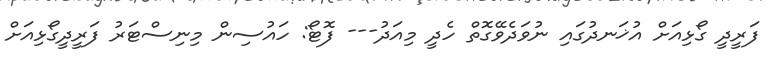
ފަރީދީ ގޯޅިއަށް އުޚަނދުގައި ނުވަދެވޭގޮތް ހެދީ މިއަދު--- ފޮޓޯ: ހައުސިން މިނިސްޓަރު ފަރީދީގޯޅިއަށް